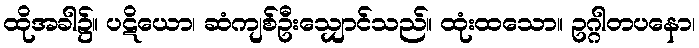
ထိုအခါ၌။ ပဋိယော၊ ဆံကျစ်ဦးသျှောင်သည်။ ထုံးထသော။ ဥဂ္ဂါတပနော၊